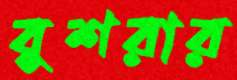
বুশরার